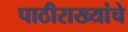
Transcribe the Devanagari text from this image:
पाठीराख्यांचे